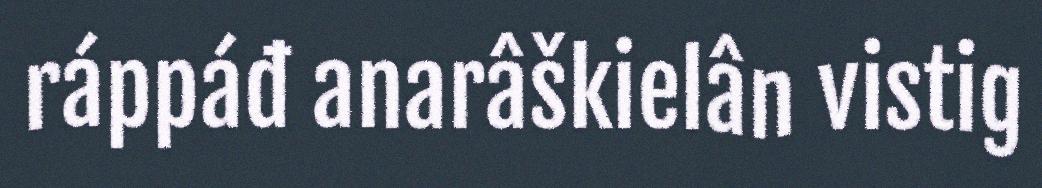
ráppáđ anarâškielân vistig